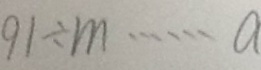
9 1 \div m \cdots a